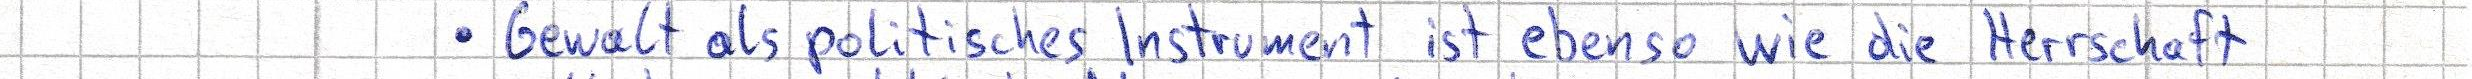
Gewalt als politisches Instrument ist ebenso wie die Herrschaft